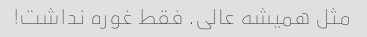
مثل همیشه عالی. فقط غوره نداشت!